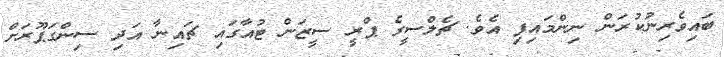
ބައިވެރިނުކުރަން ނިންމައިފި އެވެ. ޗެލްސީގެ ޕްރީ ސީޒަން ޓުއާގައި ޗައިނާ އަދި ސިންގަޕޫރަށް